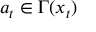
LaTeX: a _ { t } \in \Gamma ( x _ { t } )